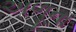
અળૂના